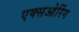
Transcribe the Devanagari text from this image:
एक्सओरिंग